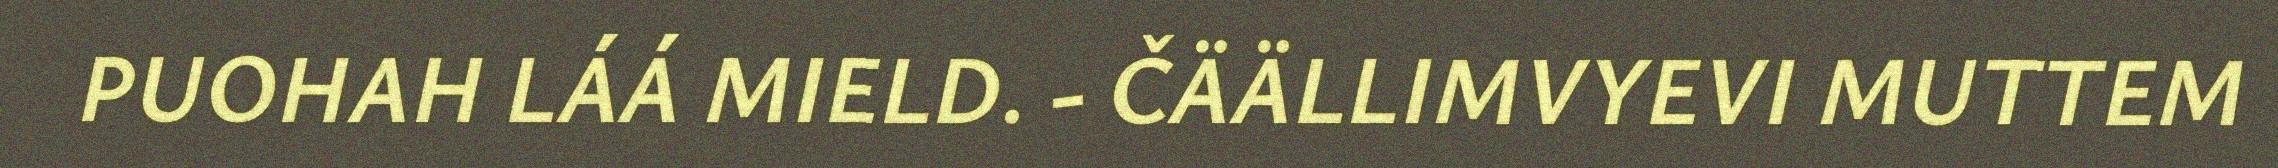
PUOHAH LÁÁ MIELD. - ČÄÄLLIMVYEVI MUTTEM